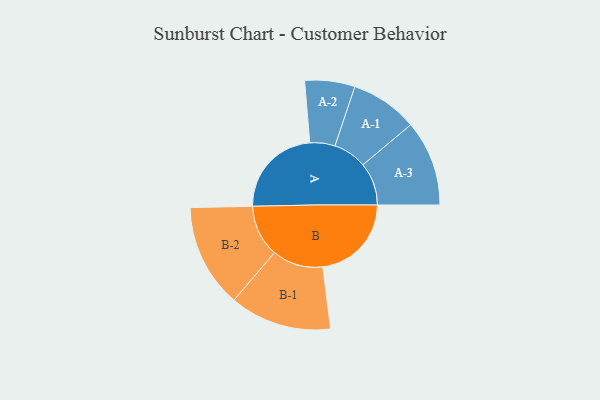
{"axis": {"x": "Segment", "y": "Value"}, "legend": ["", "A", "B"], "data": [{"x": "A", "y": 432, "type": ""}, {"x": "B", "y": 414, "type": ""}, {"x": "A-1", "y": 157, "type": "A"}, {"x": "A-2", "y": 117, "type": "A"}, {"x": "A-3", "y": 200, "type": "A"}, {"x": "B-1", "y": 238, "type": "B"}, {"x": "B-2", "y": 242, "type": "B"}]}